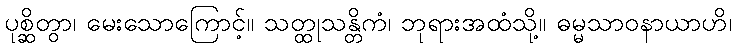
ပုစ္ဆိတွာ၊ မေးသောကြောင့်။ သတ္ထုသန္တိကံ၊ ဘုရားအထံသို့။ ဓမ္မသာဝနာယာဟိ၊